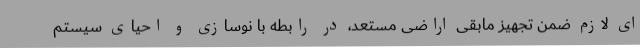
ای لازم ضمن تجهیز مابقی اراضی مستعد، در رابطه با نوسازی و احیای سیستم